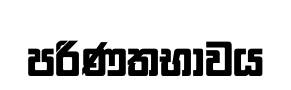
පරිණතභාවය